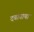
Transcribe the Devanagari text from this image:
दबावाचा